Indian journal of veterinary science and animal husbandry - Volume 6,
Year: 1936
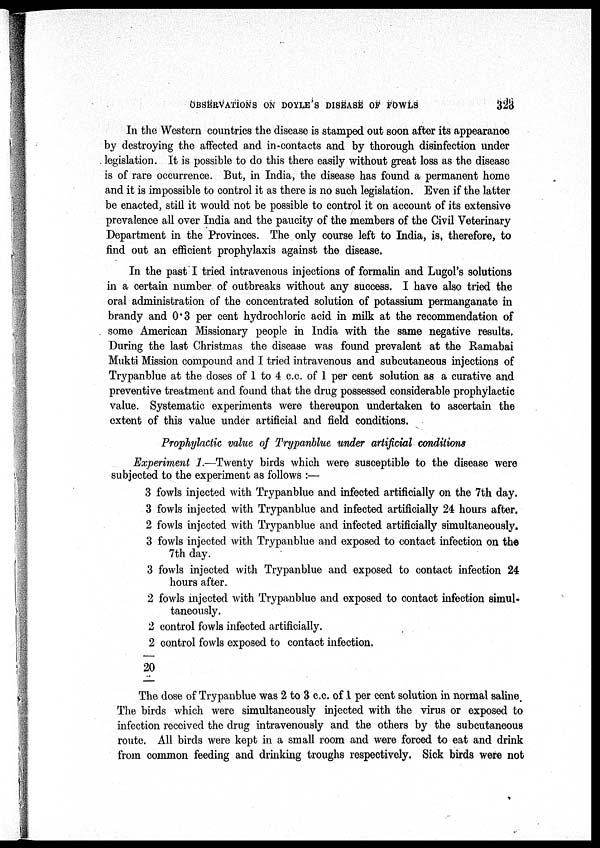
OBSERVATIONS ON DOYLE'S DISEASE OF FOWLS
323
In the Western countries the disease is stamped out soon after its appearance
by destroying the affected and in-contacts and by thorough disinfection under
legislation. It is possible to do this there easily without great loss as the disease
is of rare occurrence. But, in India, the disease has found a permanent home
and it is impossible to control it as there is no such legislation. Even if the latter
be enacted, still it would not be possible to control it on account of its extensive
prevalence all over India and the paucity of the members of the Civil Veterinary
Department in the Provinces. The only course left to India, is, therefore, to
find out an efficient prophylaxis against the disease.
In the past I tried intravenous injections of formalin and Lugol's solutions
in a certain number of outbreaks without any success. I have also tried the
oral administration of the concentrated solution of potassium permanganate in
brandy and 0.3 per cent hydrochloric acid in milk at the recommendation of
some American Missionary people in India with the same negative results.
During the last Christmas the disease was found prevalent at the Ramabai
Mukti Mission compound and I tried intravenous and subcutaneous injections of
Trypanblue at the doses of 1 to 4 c.c. of 1 per cent solution as a curative and
preventive treatment and found that the drug possessed considerable prophylactic
value. Systematic experiments were thereupon undertaken to ascertain the
extent of this value under artificial and field conditions.
Prophylactic value of Trypanblue under artificial conditions
Experiment 1.—Twenty birds which were susceptible to the disease were
subjected to the experiment as follows :—
3 fowls injected with Trypanblue and infected artificially on the 7th day.
3 fowls injected with Trypanblue and infected artificially 24 hours after.
2 fowls injected with Trypanblue and infected artificially simultaneously.
3 fowls injected with Trypanblue and exposed to contact infection on the
7th day.
3 fowls injected with Trypanblue and exposed to contact infection 24
hours after.
2 fowls injected with Trypanblue and exposed to contact infection simul-
taneously.
2 control fowls infected artificially.
2 control fowls exposed to contact infection.
20
The dose of Trypanblue was 2 to 3 c.c. of 1 per cent solution in normal saline.
The birds which were simultaneously injected with the virus or exposed to
infection received the drug intravenously and the others by the subcutaneous
route. All birds were kept in a small room and were forced to eat and drink
from common feeding and drinking troughs respectively. Sick birds were not